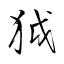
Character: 狘